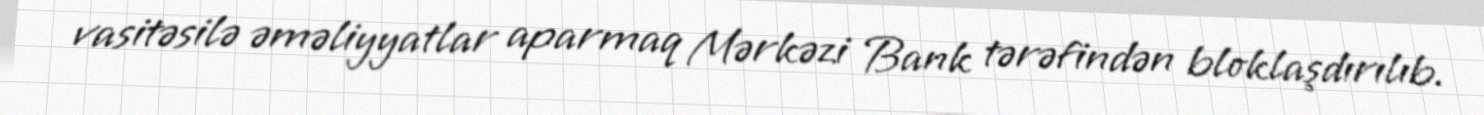
vasitəsilə əməliyyatlar aparmaq Mərkəzi Bank tərəfindən bloklaşdırılıb.